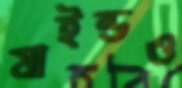
মাইন্ডও